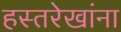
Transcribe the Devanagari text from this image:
हस्तरेखांना